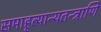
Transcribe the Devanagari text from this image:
समाहृत्यान्यतन्त्राणि